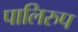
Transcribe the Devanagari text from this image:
पालिरुप